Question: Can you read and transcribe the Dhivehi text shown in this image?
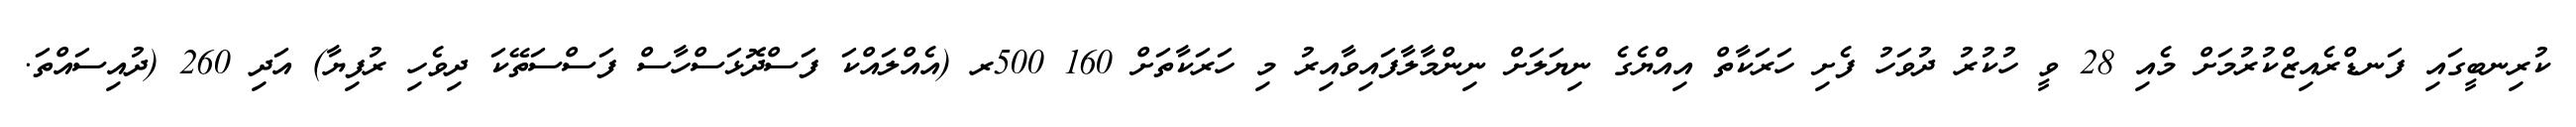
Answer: ކުރިނބީގައި ފަނޑްރެއިޒްކުރުމަށް މެއި 28 ވީ ހުކުރު ދުވަހު ފެށި ހަރަކާތް އިއްޔެގެ ނިޔަލަށް ނިންމާލާފައިވާއިރު މި ހަރަކާތަށް 160 500ރ (އެއްލައްކަ ފަސްދޮޅަސްހާސް ފަސްސަތޭކަ ދިވެހި ރުފިޔާ) އަދި 260 (ދުއިސައްތަ.